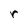
Character: r